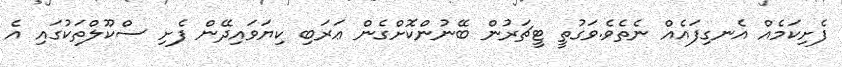
ފެށިކަމެއް އެނގިފައެއް ނެތެވެ.ވަގުތީ ޓީޗަރުން ބޭނުންކޮށްގެން ޢަރަބި ކިޔަވައިދޭން ފެށި ސްކޫލްތަކުގައި އެ